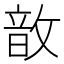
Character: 𢾚